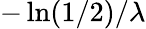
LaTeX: -\ln(1/2)/\lambda